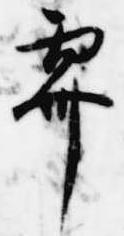
霽